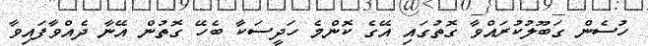
ހުސެން ގަބޫލުކުރައްވާ ގޮތުގައި އޭގެ ކޮންމެ ހަދީސަކާ ބެހޭ ގޮތުން އޭނާ ދެއްވާފައިވާ